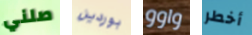
صلني بوردين واوو أخطر